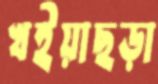
খইয়াছড়া